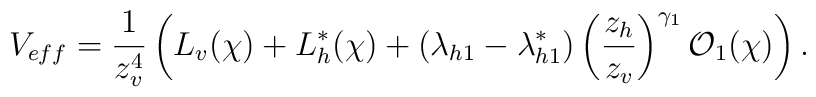
V_{eff} = \frac{1}{z_v^4} \left( L_v(\chi) + L^*_h(\chi)+  (\lambda_{h1} - \lambda_{h1}^*)\left(\frac{z_h}{z_v} \right)^{\gamma_1} {\cal O}_1(\chi) \right).